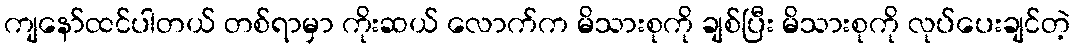
ကျနော်ထင်ပါတယ် တစ်ရာမှာ ကိုးဆယ် လောက်က မိသားစုကို ချစ်ပြီး မိသားစုကို လုပ်ပေးချင်တဲ့